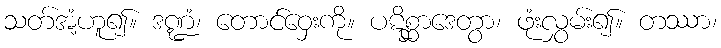
သတ်အံ့ဟူ၍။ ဒဏ္ဍံ၊ တောင်ဝှေးကို။ ပဋိစ္ဆာဒေတွာ၊ ဖုံးလွှမ်း၍။ တဿာ၊